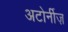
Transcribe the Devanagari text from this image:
अटोर्नीज़